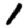
Digit: 1